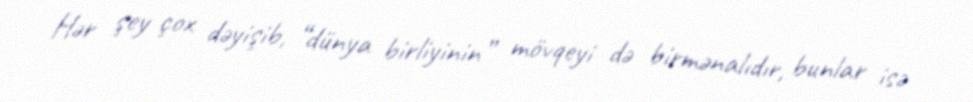
Hər şey çox dəyişib, “dünya birliyinin” mövqeyi də birmənalıdır, bunlar isə